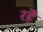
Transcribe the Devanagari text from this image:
रहॆं